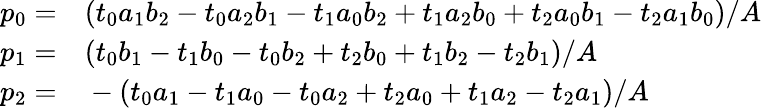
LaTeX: \begin{array}{rl}{p_{0}=}&{{}(t_{0}a_{1}b_{2}-t_{0}a_{2}b_{1}-t_{1}a_{0}b_{2}+t_{1}a_{2}b_{0}+t_{2}a_{0}b_{1}-t_{2}a_{1}b_{0})/A}\\ {p_{1}=}&{{}(t_{0}b_{1}-t_{1}b_{0}-t_{0}b_{2}+t_{2}b_{0}+t_{1}b_{2}-t_{2}b_{1})/A}\\ {p_{2}=}&{{}-(t_{0}a_{1}-t_{1}a_{0}-t_{0}a_{2}+t_{2}a_{0}+t_{1}a_{2}-t_{2}a_{1})/A}\end{array}